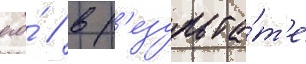
его́ / в р'езульта́т'е